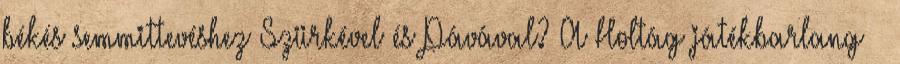
békés semmittevéshez Szürkével és Pávával? A Holtág játékbarlang –